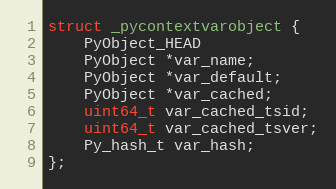
Language: C
struct _pycontextvarobject {
    PyObject_HEAD
    PyObject *var_name;
    PyObject *var_default;
    PyObject *var_cached;
    uint64_t var_cached_tsid;
    uint64_t var_cached_tsver;
    Py_hash_t var_hash;
};